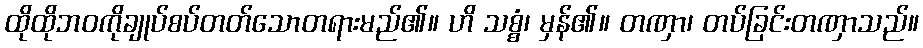
ထိုထိုဘဝကိုချုပ်စပ်တတ်သောတရားမည်၏။ ဟိ သစ္စံ၊ မှန်၏။ တဏှာ၊ တပ်ခြင်းတဏှာသည်။